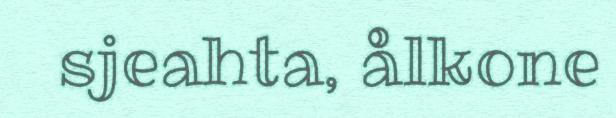
sjeahta, ålkone